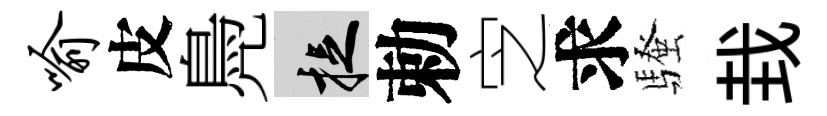
喻皮鳧捉勅㝎求騷㘽